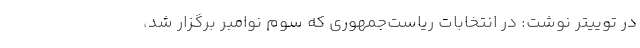
در توییتر نوشت: در انتخابات ریاست‌جمهوری که سوم نوامبر برگزار شد،